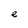
Character: e